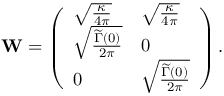
\mathbf { W } = \left( \begin{array} { l l } { \sqrt { \frac { \kappa } { 4 \pi } } } & { \sqrt { \frac { \kappa } { 4 \pi } } } \\ { \sqrt { \frac { \widetilde \Gamma ( 0 ) } { 2 \pi } } } & { 0 } \\ { 0 } & { \sqrt { \frac { \widetilde \Gamma ( 0 ) } { 2 \pi } } } \end{array} \right) .